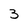
Character: 3